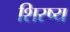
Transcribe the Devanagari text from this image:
शिरष्य